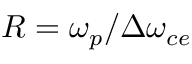
R = \omega _ { p } / \Delta \omega _ { c e }